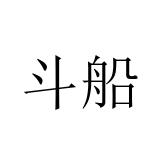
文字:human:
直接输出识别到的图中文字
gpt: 斗船